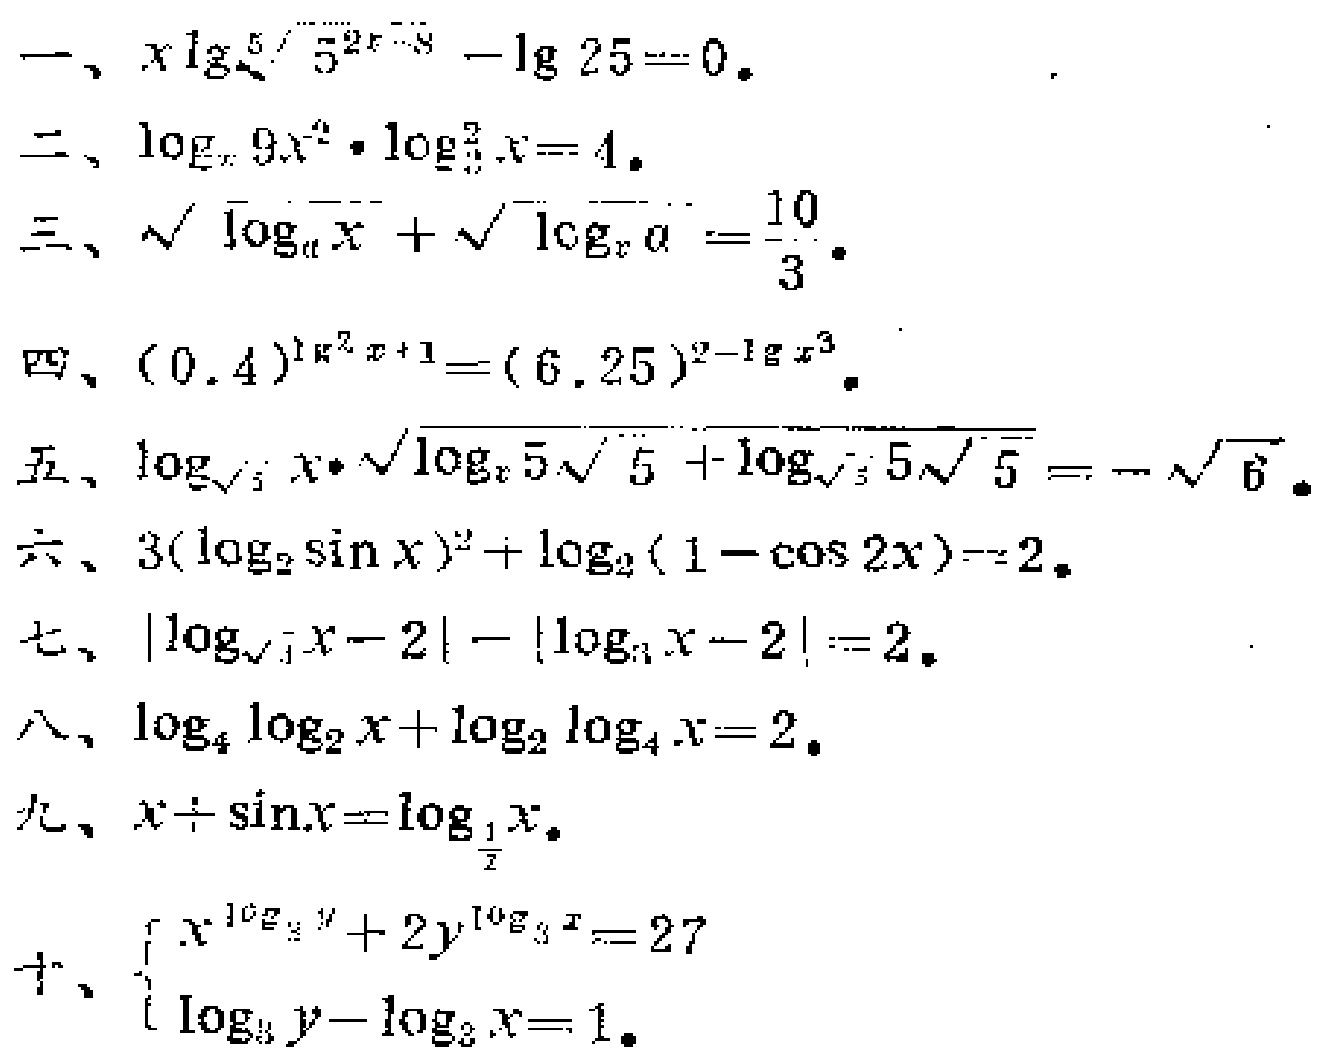
一、\(x\lg\sqrt[5]{5^{2x - 8}}-\lg25 = 0\)。
二、\(\log_{x}9x^{2}\cdot\log_{3}^{2}x = 4\)。
三、\(\sqrt{\log_{a}x}+\sqrt{\log_{x}a}=\frac{10}{3}\)。
四、\((0.4)^{\lg^{2}x + 1}=(6.25)^{2-\lg x^{3}}\)。
五、\(\log_{\sqrt{5}}x\cdot\sqrt{\log_{x}5\sqrt{5}}+\log_{\sqrt{5}}5\sqrt{5}=-\sqrt{6}\)。
六、\(3(\log_{2}\sin x)^{2}+\log_{2}(1 - \cos2x)=2\)。
七、\(|\log_{\sqrt{3}}x - 2|-|\log_{3}x - 2| = 2\)。
八、\(\log_{4}\log_{2}x+\log_{2}\log_{4}x = 2\)。
九、\(x+\sin x=\log_{\frac{1}{2}}x\)。
十、\(\begin{cases}x^{\log_{3}y}+2y^{\log_{3}x}=27\\\log_{3}y-\log_{3}x = 1\end{cases}\)。